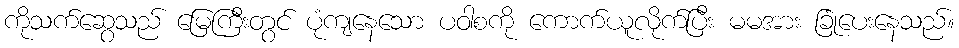
ကိုသက်ဆွေသည် မြေကြီးတွင် ပုံကျနေသော ပဝါစကို ကောက်ယူလိုက်ပြီး မမအား ခြုံပေးနေသည်။